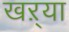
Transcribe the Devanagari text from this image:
खऱ्या